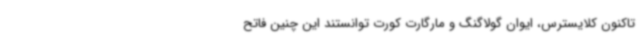
تاکنون کلایسترس، ایوان گولاگنگ و مارگارت کورت توانستند این چنین فاتح